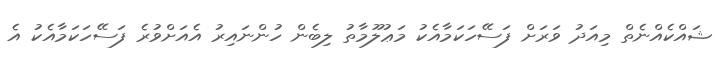
ޝައްކެއްނެތް މިއަދު ވަރަށް ފަސޭހަކަމާއެކު މަޢުލޫމާތު ލިބެން ހުންނައިރު އެއަށްވުރެ ފަސޭހަކަމާއެކު އެ